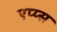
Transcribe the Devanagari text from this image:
एप्प्स